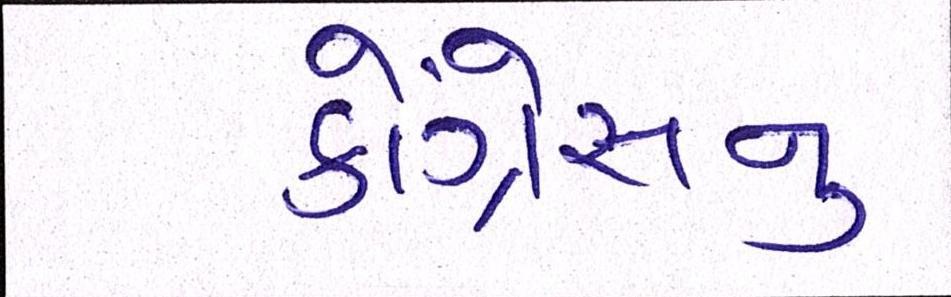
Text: કોંગ્રેસનુ